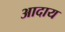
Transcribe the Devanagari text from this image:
आदाय